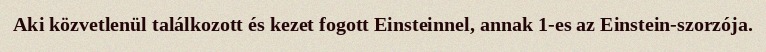
Aki közvetlenül találkozott és kezet fogott Einsteinnel, annak 1-es az Einstein-szorzója.